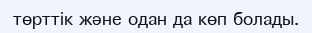
төрттік және одан да көп болады.